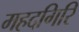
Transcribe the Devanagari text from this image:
महदगिरि